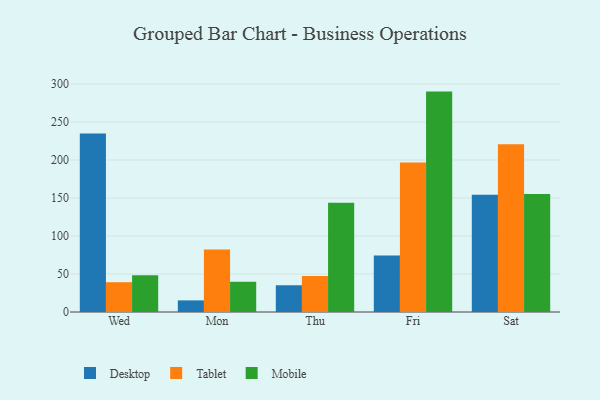
{"axis": {"x": "Day", "y": "Shipments"}, "legend": ["Desktop", "Mobile", "Tablet"], "data": [{"x": "Wed", "y": 235.1, "type": "Desktop"}, {"x": "Wed", "y": 39.2, "type": "Tablet"}, {"x": "Wed", "y": 48.3, "type": "Mobile"}, {"x": "Mon", "y": 15.3, "type": "Desktop"}, {"x": "Mon", "y": 82.4, "type": "Tablet"}, {"x": "Mon", "y": 39.8, "type": "Mobile"}, {"x": "Thu", "y": 35.2, "type": "Desktop"}, {"x": "Thu", "y": 47.5, "type": "Tablet"}, {"x": "Thu", "y": 143.8, "type": "Mobile"}, {"x": "Fri", "y": 74.3, "type": "Desktop"}, {"x": "Fri", "y": 196.7, "type": "Tablet"}, {"x": "Fri", "y": 290.1, "type": "Mobile"}, {"x": "Sat", "y": 154.3, "type": "Desktop"}, {"x": "Sat", "y": 220.7, "type": "Tablet"}, {"x": "Sat", "y": 155.2, "type": "Mobile"}]}